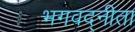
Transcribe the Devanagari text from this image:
भगवद्नीता